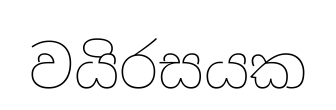
වයිරසයක